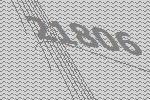
21806